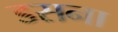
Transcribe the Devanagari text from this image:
डसना